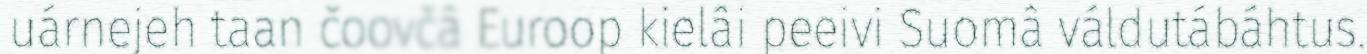
uárnejeh taan čoovčâ Euroop kielâi peeivi Suomâ váldutábáhtus.